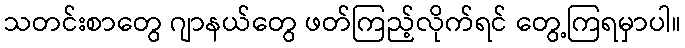
သတင်းစာတွေ ဂျာနယ်တွေ ဖတ်ကြည့်လိုက်ရင် တွေ့ကြရမှာပါ။